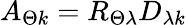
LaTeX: A_{\Theta k}=R_{\Theta\lambda}D_{\lambda k}